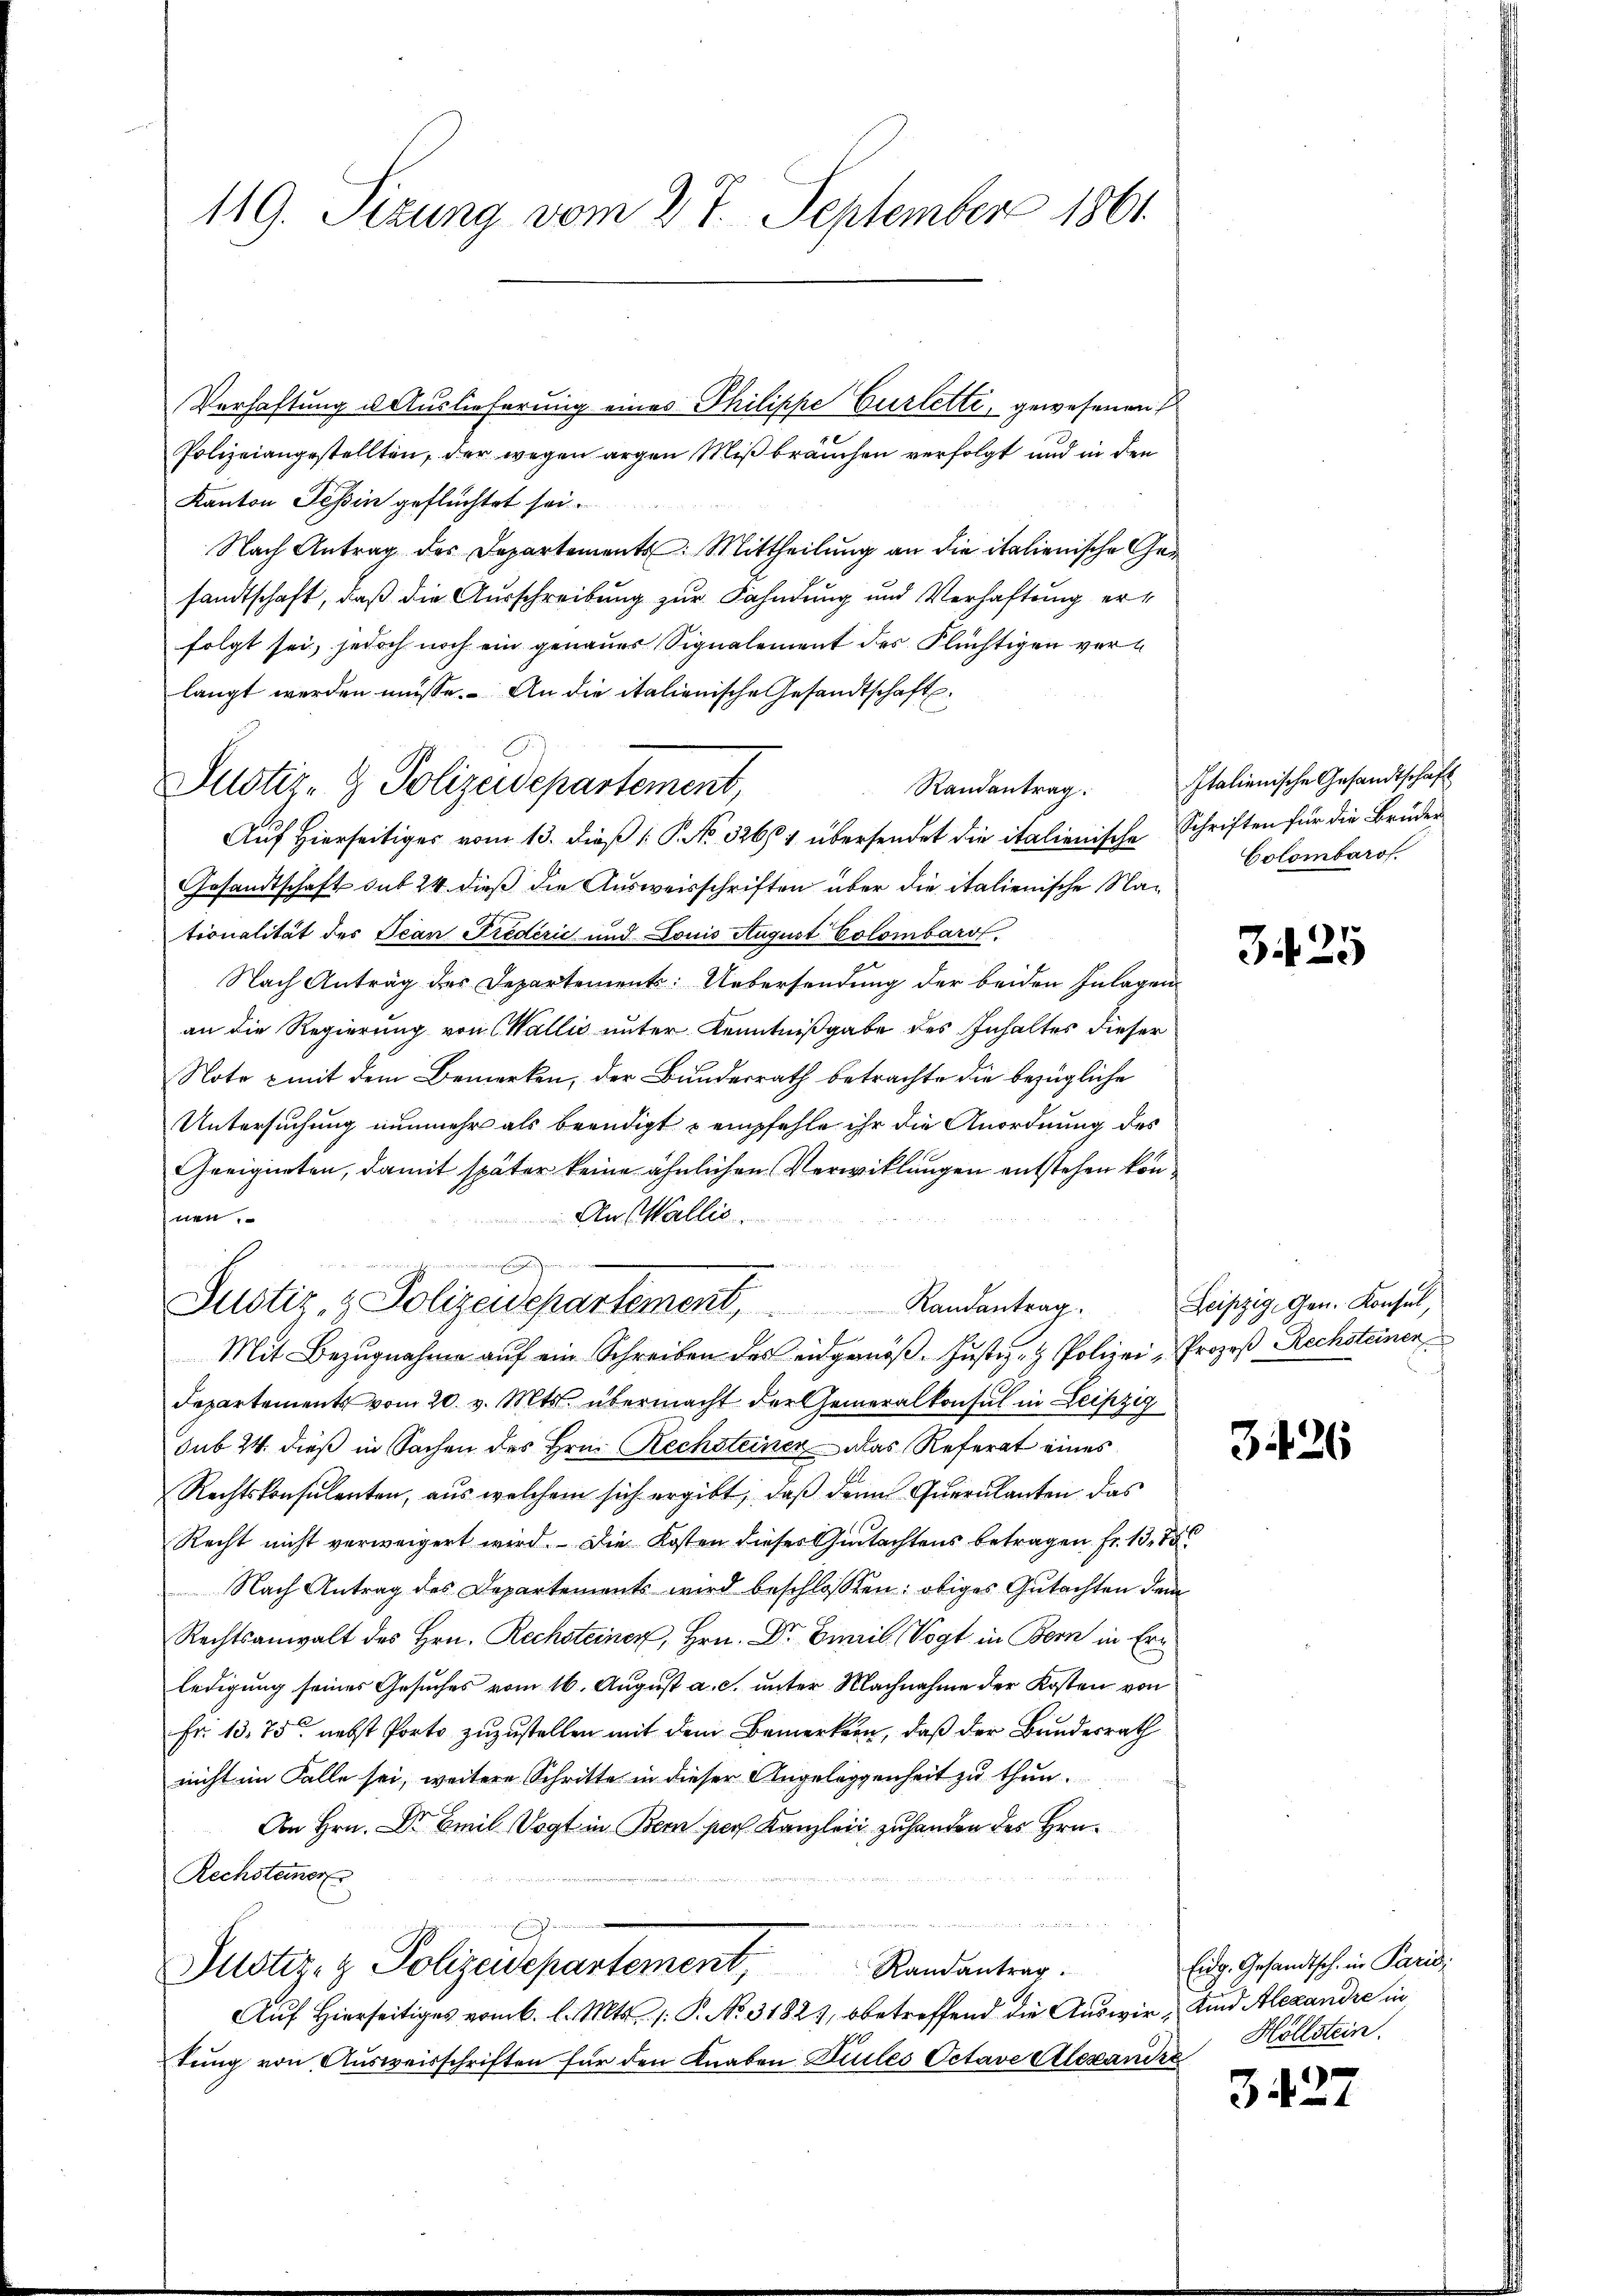
119. Sizung vom 27. September 1861.

Justiz- & Polizeidepartement,

Polizeiangestellten, der wegen argen Mißbräuchen verfolgt und in den
Kanton Tessin geflüchtet sei.
Nach Antrag des Departements Mittheilung an die italienische Gesandtschaft, daß die Ausschreibung zur Fahndung und Verhaftung erfolgt sei, jedoch noch ein genauer Signalement des Flüchtigen verlangt werden müsse. An die italienische Gesandtschaft.
Randantrag.
Aŭf Hierseitiges vom 13. dieβ (: P. No. 3264 übersendet die italienische Schriften für die Brüder
esandtschaft sub 24 dieß die Ausweisschriften über die italienische Nationalität des Jean Frederić und Louis August Colombars
Nach Antrag des Departement: Uebersendung der beiden Inlagen
an die Regierung von Wallić unter Kenntnißgabe des Inhaltes dieser
Note - mit dem Bemerken, der Bundesrath betrachte die bezügliche
Untersuchung nunmehr als beendigt & empfehle ihr die Anordnung des
Geeigneten, damit später keine ähnlichen Verwicklungen entstehen kön¬
An Wallis
tttt
Justiz & Polizeidepartement, Randantrag.
Mit Bezŭgnahme aŭf ein Schreiben des eidgenöβ- Jŭstiz- & Polizei- Prozeß Rechsteiner
Departements vom 20. v. Mts. übermacht der Generalkonsul in Leipzig
sub 24. dieß in Sachen des Hrn. Rechsteiner das Referat eines
Rechtskonsulenten, aus welchem sich ergibt, daß den Querulanten das
Recht nicht verweigert wird. Die Kosten dieses Gutachtens betragen fr. 1378
Nach Antrag des Departements wird beschlossen: obiges Gutachten dem
Rechtsanwalt des Hrn. Rechsteiner, Hrn. Dr. Famil Vogt in Bern in Ern
ledigung seines Gesuches vom 16. August a. c. unter Nachnahme der Kosten von
Fr. 13. 75. nebst Porto zuzustellen mit dem Bemerken, daß der Bundesrath
nicht im Falle sei, weitere Schritte in dieser Angeleggenheit zu thun.
An Hrn. Dr Emil Vogt in Bern pers Kanzlei zuhanden des Hrn.
Rechsteiner
Justiz- & Polizeidepartement, Randantrag.
Auf Hierseitiges vom 6. l. Mts. 1. P. No. 31821, betreffend die Auswir- und Alexandre in
tung von Ausweisschriften für den Knaben Siles Octave Alexandre

Verhaftung u. Auslieferung eines Philippe Curlette, gewesenen

Italienische Gesandtschaft
Colombaro

3425

Leipzig, Gen. Konsul,
n

3426

Eidg. Gesandtsch. in Paris
Hollstein.

3427